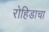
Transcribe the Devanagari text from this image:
रोहिडाचा